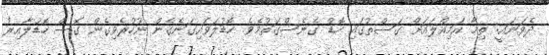
ދެވަނައީ: ތިމާ އަމިއްލައަށް ގަސްތުގައި ހޮޑު ގެނެސްގަތުމެވެ. ހޮޑުލަވައިގަނެގެން ނުހުރެވިގެން ގޮސް ހޮޑުލާއިރު